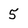
Character: 5